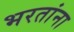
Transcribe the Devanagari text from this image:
भरतांना